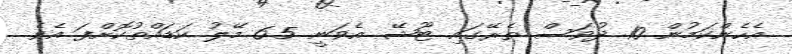
އެހެންކަމުން 10 ދުވަސް ތެރޭގައި ޓޫޝޭ އެވަނީ 6.5 މޭލު ކަޑައްތުކޮށްފަ އެވެ.